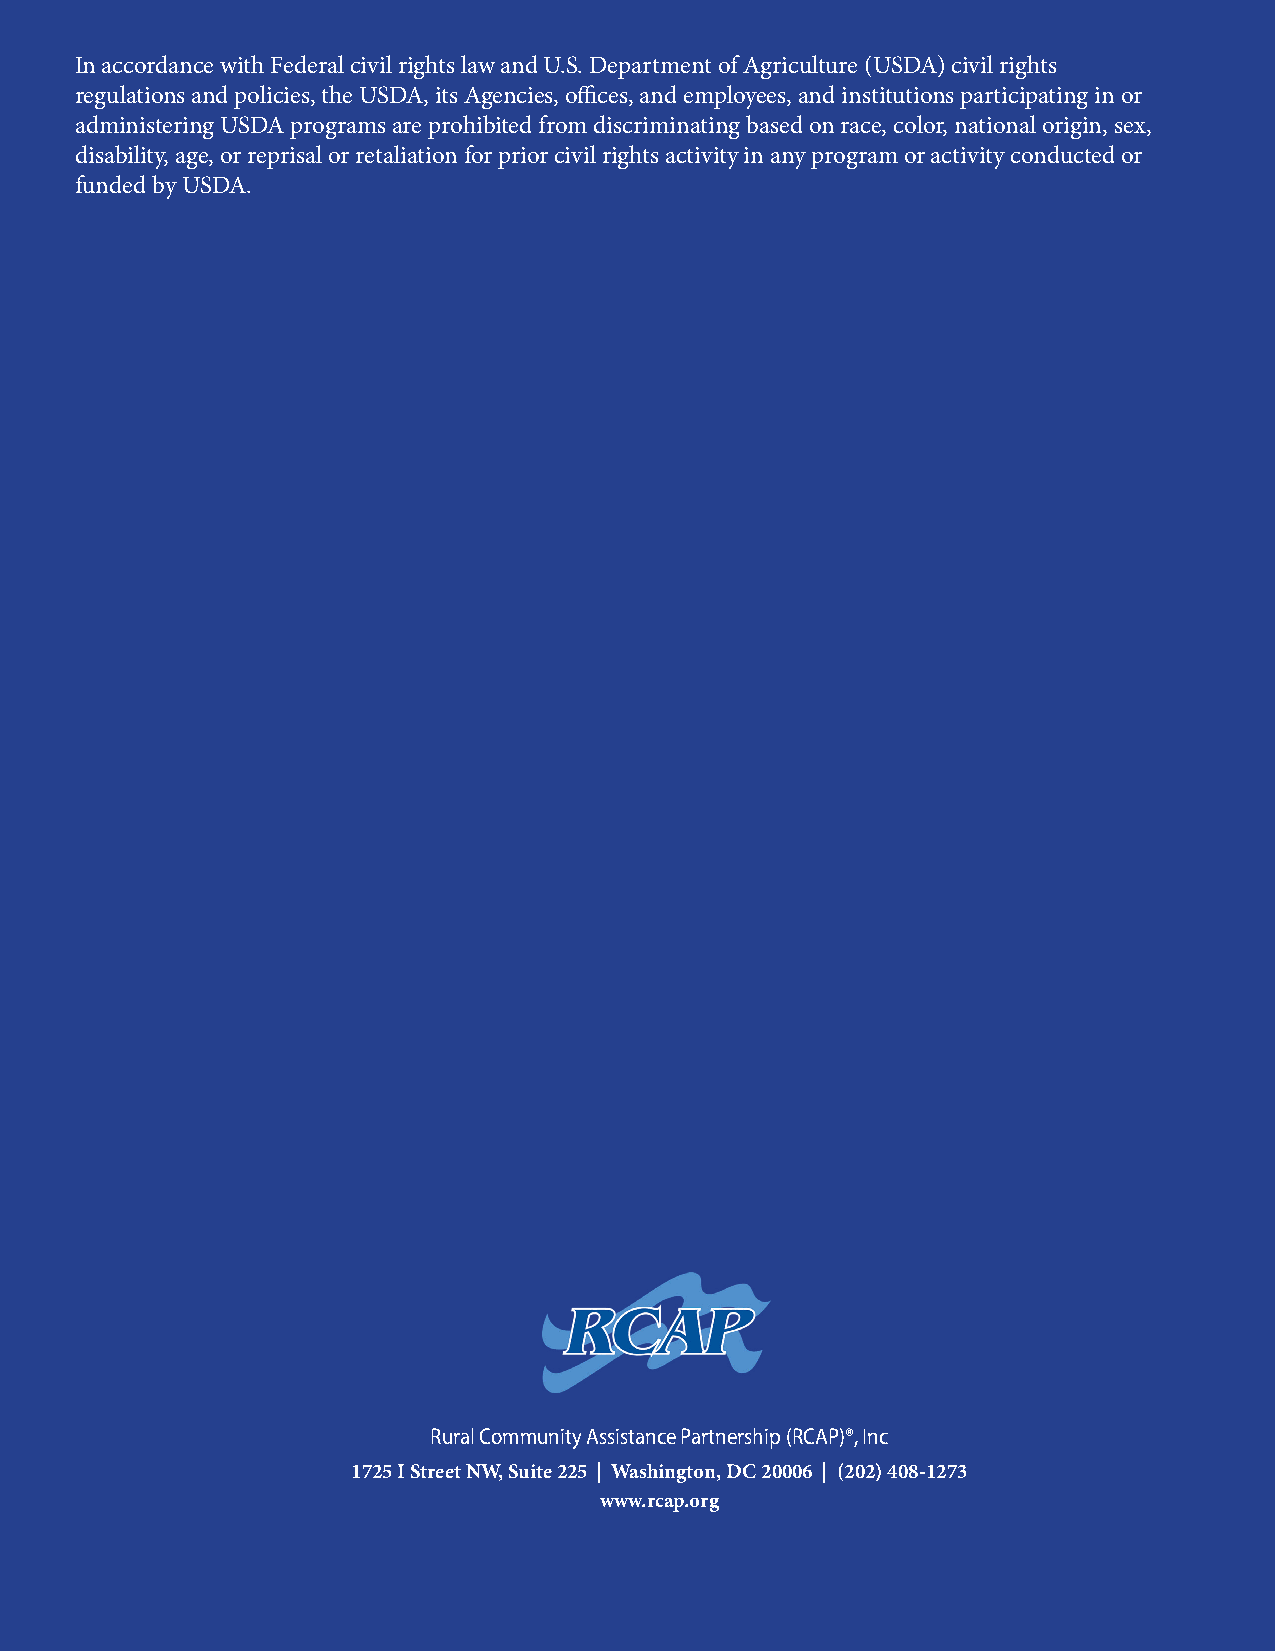
In accordance with Federal civil rights law and U.S. Department of Agriculture (USDA) civil rights
 regulations and policies, the USDA, its Agencies, offices, and employees, and institutions participating in or
 administering USDA programs are prohibited from discriminating based on race, color, national origin, sex,
 disability, age, or reprisal or retaliation for prior civil rights activity in any program or activity conducted or
 funded by USDA.
 Rural Community Assistance Partnership (RCAP)®, Inc
 1725 I Street NW, Suite 225 | Washington, DC 20006 | (202) 408-1273
 www.rcap.org
 12  Rural Community Assistance Partnership (RCAP)